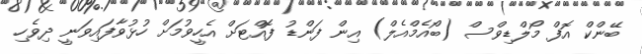
ބޭންކް އޮފް މޯލްޑިވްސް (ބޯއެމްއެލް) އިން ފަންޑު ފޮއްޓަށް އެހީވުމަށް ހުޅުވާފައިވަނީ ދިވެހި